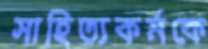
সাহিত্যকর্মকে